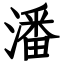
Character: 潘